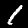
Label: 1